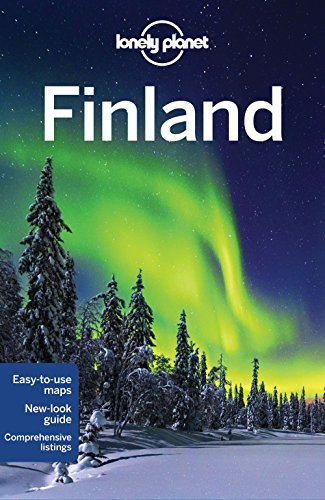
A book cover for Lonely Planet Finland (Travel Guide); Lonely Planet; Travel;